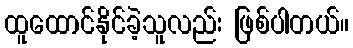
ထူထောင်နိုင်ခဲ့သူလည်း ဖြစ်ပါတယ်။